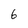
Character: 6